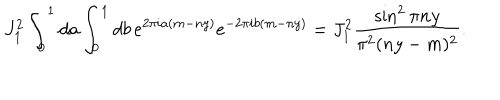
J _ { 1 } ^ { 2 } \int _ { 0 } ^ { 1 } d a \int _ { 0 } ^ { 1 } d b \, e ^ { 2 \pi i a ( m - n y ) } e ^ { - 2 \pi i b ( m - n y ) } = J _ { 1 } ^ { 2 } \frac { \sin ^ { 2 } \pi n y } { \pi ^ { 2 } ( n y - m ) ^ { 2 } } .